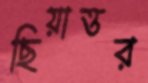
ছিয়াত্তর